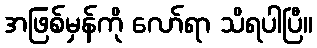
အဖြစ်မှန်ကို လော်ရာ သိရပါပြီ။